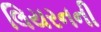
લિયરનની